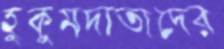
হুকুমদাতাদের